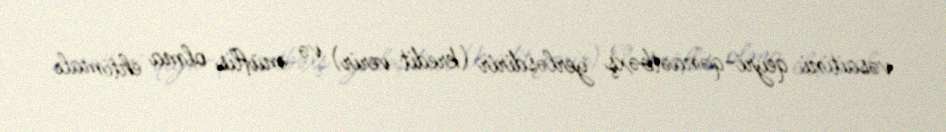
vəsaitini qeyri-qənaətbəxş yerləşdirir (kredit verir) və müflis olma ehtimalı